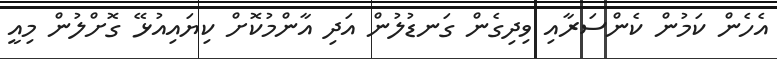
އެހެން ކަމުން ކެންސަރާއި ވިދިގެން ގަނޑުލުން އަދި އާންމުކޮށް ކިޔައިއުޅޭ ގޮށްލުން މިއީ